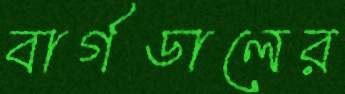
বার্গডালের